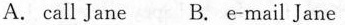
A.call Jane B. E-mail Jane